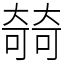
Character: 㚡